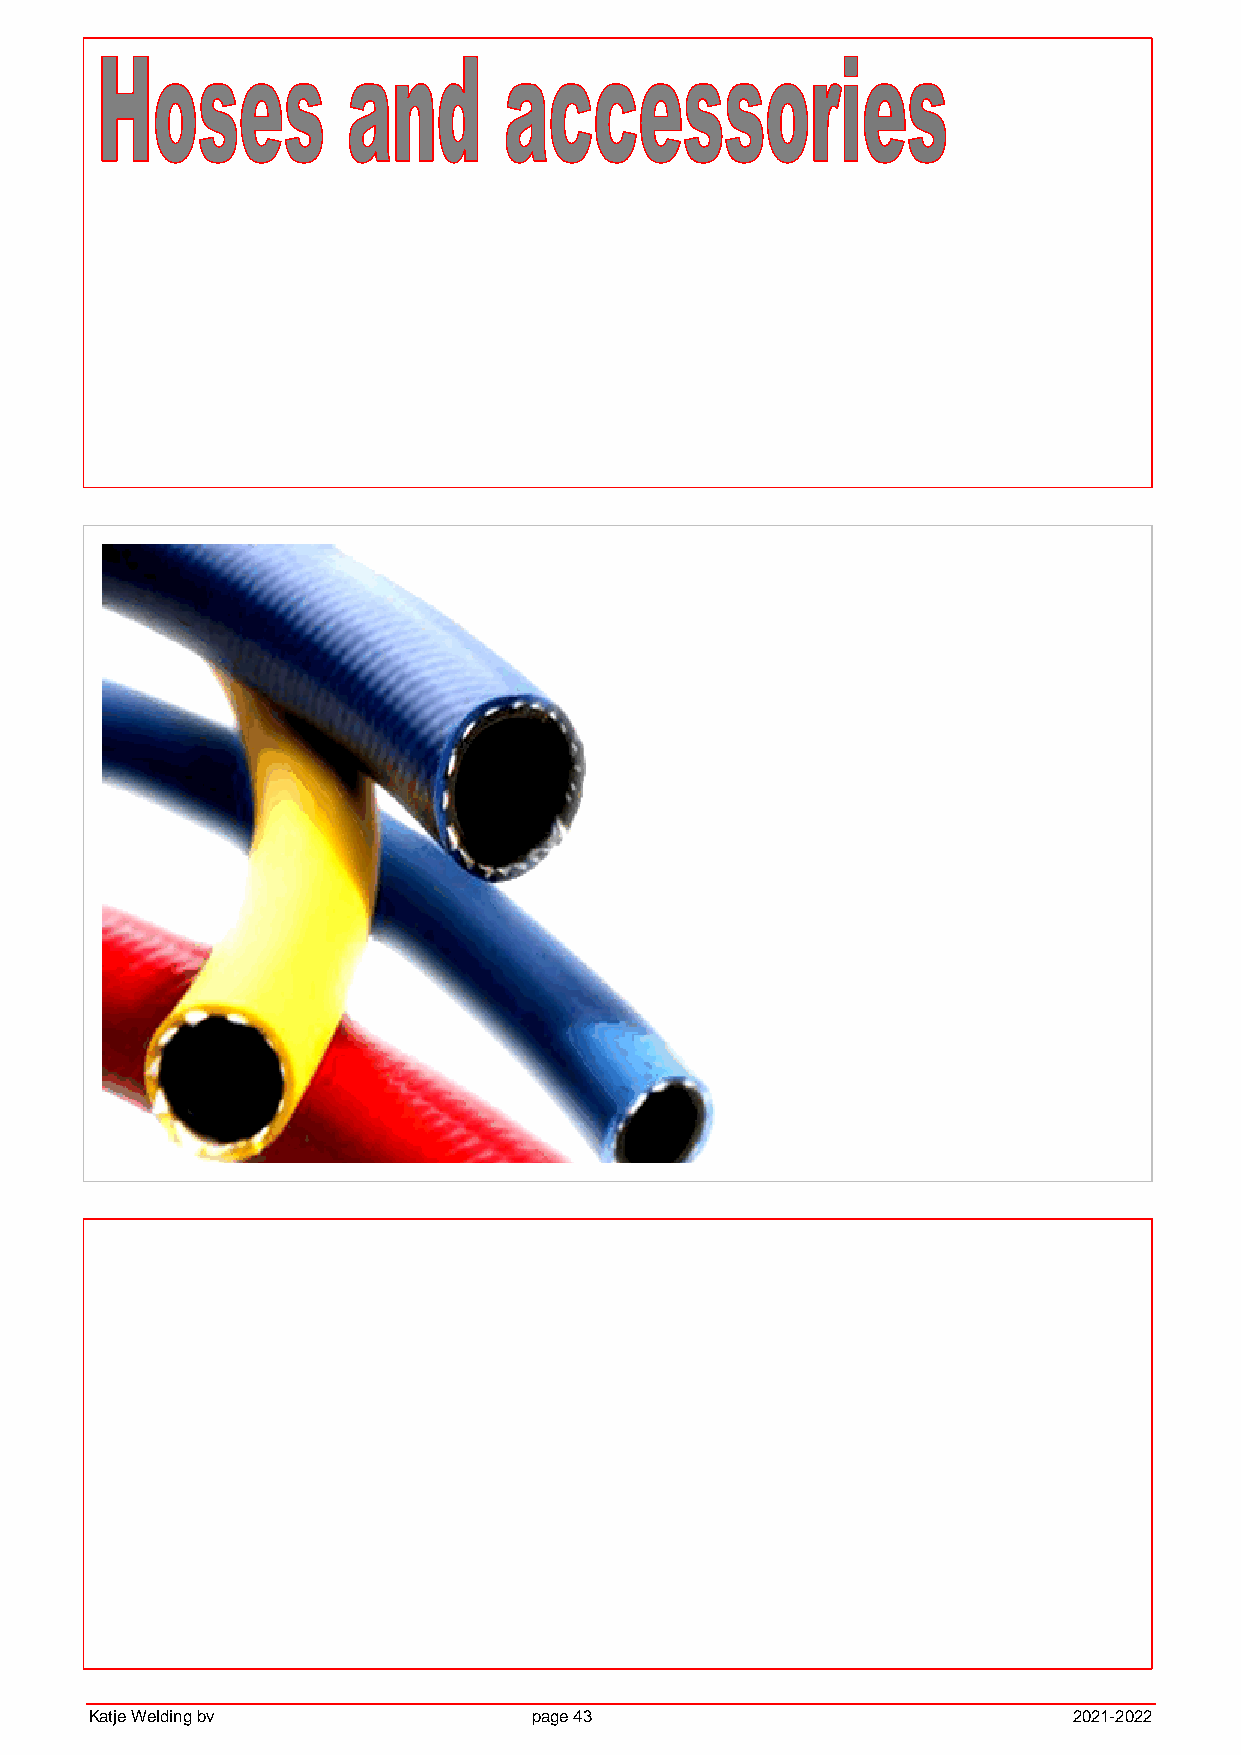
Katje Welding bv             page 43                             2021-2022